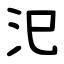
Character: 汜